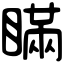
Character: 瞞